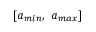
[ \boldsymbol { a } _ { m i n } , \ \boldsymbol { a } _ { m a x } ]